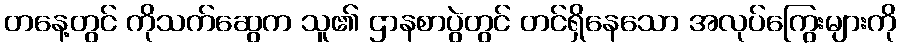
တနေ့တွင် ကိုသက်ဆွေက သူ၏ ဌာနစာပွဲတွင် တင်ရှိနေသော အလုပ်ကြွေးများကို